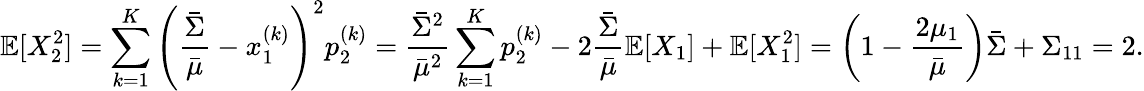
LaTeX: \mathbb{E}[X_{2}^{2}]=\sum_{k=1}^{K}\left(\frac{\bar{\Sigma}}{\bar{\mu}}-x_{1}^{(k)}\right)^{2}p_{2}^{(k)}=\frac{\bar{\Sigma}^{2}}{\bar{\mu}^{2}}\sum_{k=1}^{K}p_{2}^{(k)}-2\frac{\bar{\Sigma}}{\bar{\mu}}\mathbb{E}[X_{1}]+\mathbb{E}[X_{1}^{2}]=\left(1-\frac{2\mu_{1}}{\bar{\mu}}\right)\bar{\Sigma}+\Sigma_{11}=2.